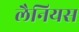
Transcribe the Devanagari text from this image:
लैनियस